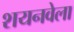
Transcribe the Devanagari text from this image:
शयनवेला